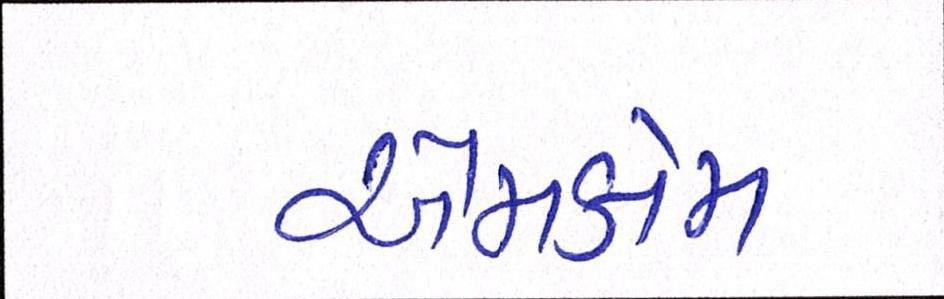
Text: એમકોમ